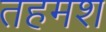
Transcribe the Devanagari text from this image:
तहमश